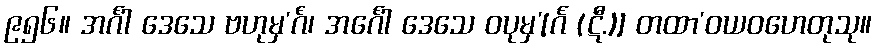
၉၅၆။ အင်္ဂါ ဒေသေ ဗဟုမှ’င်္ဂံ၊ အင်္ဂေါ ဒေသေ ဝပုမှ’[င်္ဂ (ဋီ.)] တထာ’ဝယဝဟေတုသု။